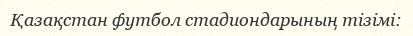
Қазақстан футбол стадиондарының тізімі: